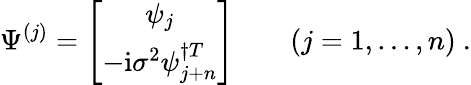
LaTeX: {\Psi}^{(j)}=\left[\begin{array}{c}{{{\psi}_{j}}}\\ {{-{\mathrm{i}}{\sigma}^{2}{\psi}_{j+n}^{\dagger T}}}\end{array}\right]\qquad(j=1,\ldots,n)\ .